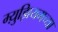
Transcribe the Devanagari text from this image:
म्य़ुझियमच्या